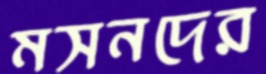
মসনদের